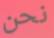
نحن